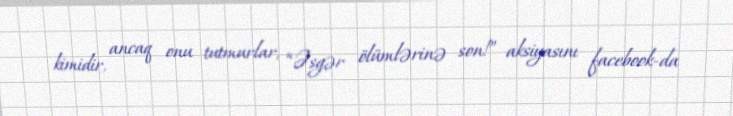
kimidir, ancaq onu tutmurlar, “Əsgər ölümlərinə son!” aksiyasını facebook-da